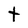
Character: t